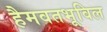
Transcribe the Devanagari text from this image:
हैमवतभूविल